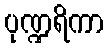
ပုဏ္ဍရိကာ